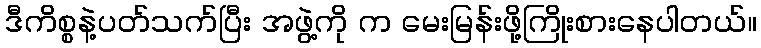
ဒီကိစ္စနဲ့ပတ်သက်ပြီး အဖွဲ့ကို က မေးမြန်းဖို့ကြိုးစားနေပါတယ်။